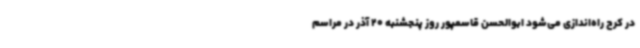
در کرج راه‌اندازی می‌شود ابوالحسن قاسمپور روز پنجشنبه 20 آذر در مراسم